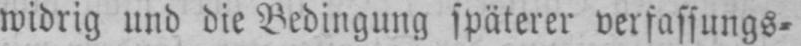
widrig und die Bedingung späterer verfassungs⸗